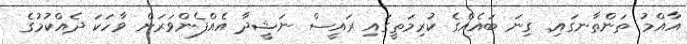
އާއްމު ތަންތާނގައި